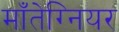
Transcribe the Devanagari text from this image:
माँतेग्नियर